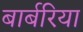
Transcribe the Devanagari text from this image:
बार्बरिया